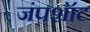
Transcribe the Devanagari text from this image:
जंपशॉट